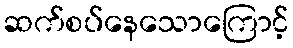
ဆက်စပ်နေသောကြောင့်